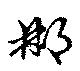
郴